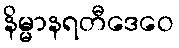
နိမ္မာနရတီဒေဝေ